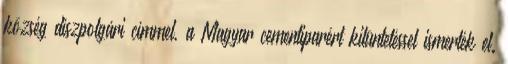
község díszpolgári címmel, a Magyar cementiparért kitüntetéssel ismerték el.